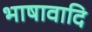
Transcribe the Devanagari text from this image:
भाषावादि